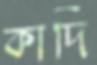
কাদি